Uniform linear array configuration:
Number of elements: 48
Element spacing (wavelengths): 0.5
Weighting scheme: binomial
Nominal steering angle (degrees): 60
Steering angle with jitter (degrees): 60.342
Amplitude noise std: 0.05
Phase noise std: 0.05

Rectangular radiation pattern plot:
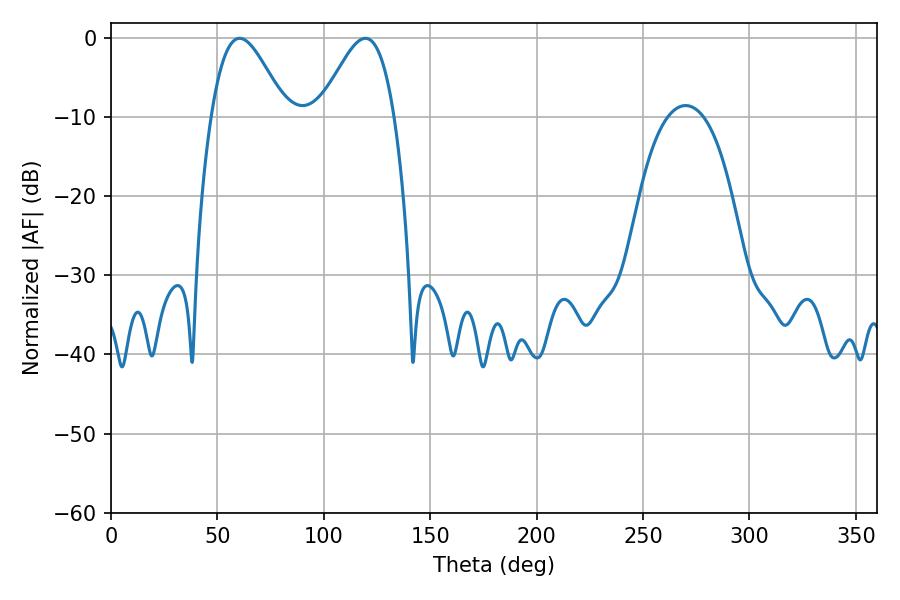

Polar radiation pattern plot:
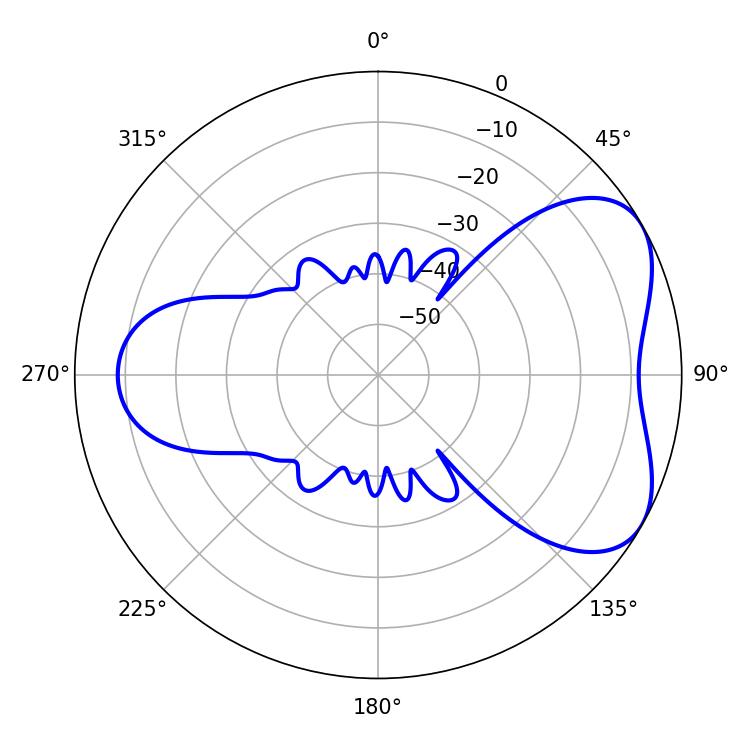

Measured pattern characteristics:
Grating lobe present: FALSE
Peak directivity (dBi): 5.216
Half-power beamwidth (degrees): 18.72
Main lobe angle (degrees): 60.48